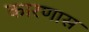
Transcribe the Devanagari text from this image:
कारणास